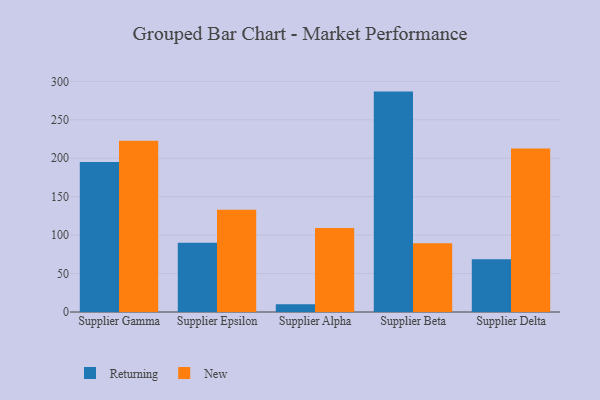
{"axis": {"x": "Supplier", "y": "Active Users"}, "legend": ["New", "Returning"], "data": [{"x": "Supplier Gamma", "y": 195.2, "type": "Returning"}, {"x": "Supplier Gamma", "y": 222.9, "type": "New"}, {"x": "Supplier Epsilon", "y": 90.2, "type": "Returning"}, {"x": "Supplier Epsilon", "y": 132.9, "type": "New"}, {"x": "Supplier Alpha", "y": 10.1, "type": "Returning"}, {"x": "Supplier Alpha", "y": 109.4, "type": "New"}, {"x": "Supplier Beta", "y": 286.7, "type": "Returning"}, {"x": "Supplier Beta", "y": 89.4, "type": "New"}, {"x": "Supplier Delta", "y": 68.5, "type": "Returning"}, {"x": "Supplier Delta", "y": 212.7, "type": "New"}]}